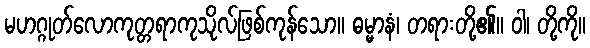
မဟဂ္ဂုတ်လောကုတ္တရာကုသိုလ်ဖြစ်ကုန်သော။ ဓမ္မာနံ၊ တရားတို့၏။ ဝါ၊ တို့ကို။